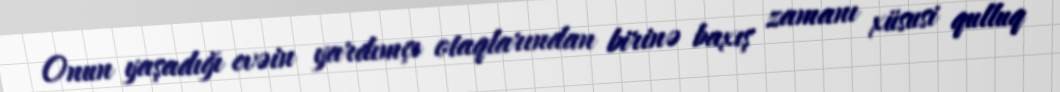
Onun yaşadığı evəin yardımçı otaqlarından birinə baxış zamanı xüsusi qulluq